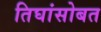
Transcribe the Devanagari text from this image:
तिघांसोबत